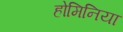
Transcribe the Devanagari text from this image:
होमिनिया